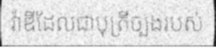
វ៉ាឌីដែលជាបុត្រីច្បងរបស់